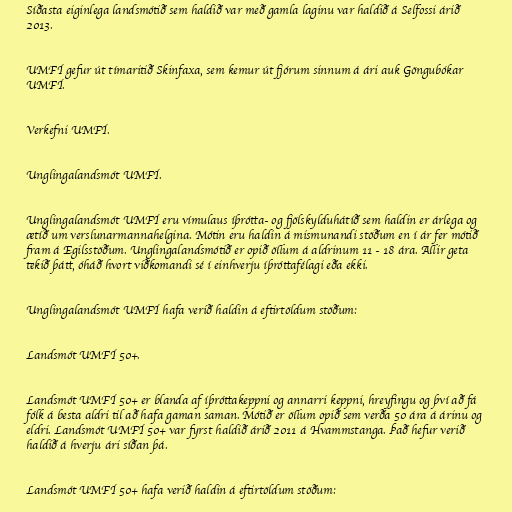
Síðasta eiginlega landsmótið sem haldið var með gamla laginu var haldið á Selfossi árið
2013.

UMFÍ gefur út tímaritið Skinfaxa, sem kemur út fjórum sinnum á ári auk Göngubókar
UMFÍ.

Verkefni UMFÍ.

Unglingalandsmót UMFÍ.

Unglingalandsmót UMFÍ eru vímulaus íþrótta- og fjölskylduhátíð sem haldin er árlega og
ætíð um verslunarmannahelgina. Mótin eru haldin á mismunandi stöðum en í ár fer mótið
fram á Egilsstöðum. Unglingalandsmótið er opið öllum á aldrinum 11 - 18 ára. Allir geta
tekið þátt, óháð hvort viðkomandi sé í einhverju íþróttafélagi eða ekki.

Unglingalandsmót UMFÍ hafa verið haldin á eftirtöldum stöðum:

Landsmót UMFÍ 50+.

Landsmót UMFÍ 50+ er blanda af íþróttakeppni og annarri keppni, hreyfingu og því að fá
fólk á besta aldri til að hafa gaman saman. Mótið er öllum opið sem verða 50 ára á árinu og
eldri. Landsmót UMFÍ 50+ var fyrst haldið árið 2011 á Hvammstanga. Það hefur verið
haldið á hverju ári síðan þá.

Landsmót UMFÍ 50+ hafa verið haldin á eftirtöldum stöðum: